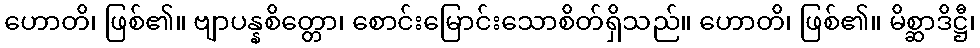
ဟောတိ၊ ဖြစ်၏။ ဗျာပန္နစိတ္တော၊ စောင်းမြောင်းသောစိတ်ရှိသည်။ ဟောတိ၊ ဖြစ်၏။ မိစ္ဆာဒိဋ္ဌီ၊